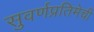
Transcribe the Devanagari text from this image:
सुवर्णप्रतिमेची